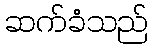
ဆက်ခံသည်